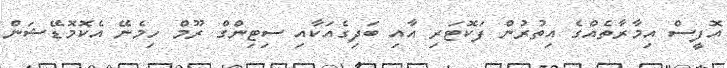
އޮފީސް އިމާރާތެއްގެ އިތުރުން ފަކޮޓަރި އާއި ބަދިގެއަކާއި ސިޓިންގް ރޫމް ހިމެނޭ އެކޮމޮޑޭޝަން